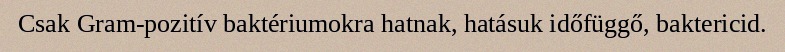
Csak Gram-pozitív baktériumokra hatnak, hatásuk időfüggő, baktericid.